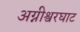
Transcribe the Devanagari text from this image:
अग्नीश्वरघाट